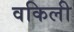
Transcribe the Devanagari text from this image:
वकिली